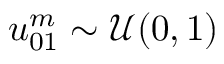
u _ { 0 1 } ^ { m } \sim \mathcal { U } ( 0 , 1 )